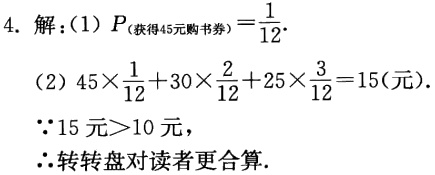
4. 解：(1) \(P_{(获得45元购书券)}=\frac{1}{12}\).
(2) \(45\times\frac{1}{12}+30\times\frac{2}{12}+25\times\frac{3}{12}=15(\text{元})\).
\(\because 15\text{ 元}>10\text{ 元}\)，
\(\therefore\)转转盘对读者更合算.